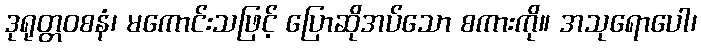
ဒုရုတ္တဝစနံ၊ မကောင်းသဖြင့် ပြောဆိုအပ်သော စကားကို။ အသုရောပေါ၊